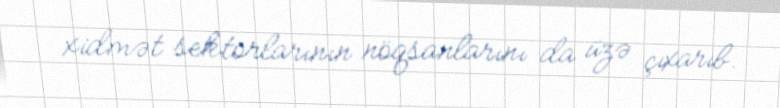
xidmət sektorlarının nöqsanlarını da üzə çıxarıb.